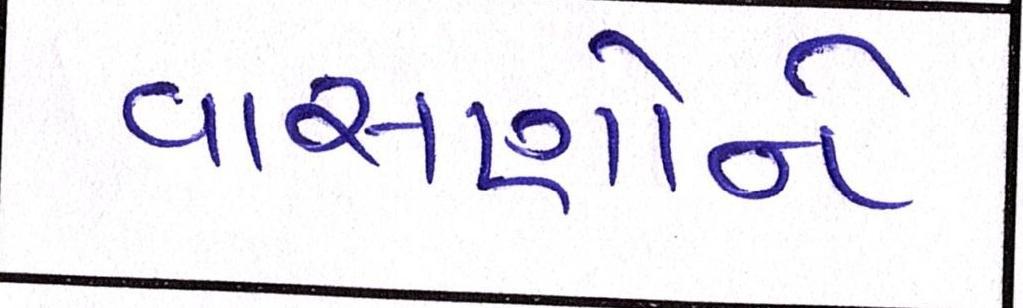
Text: વાસણોને